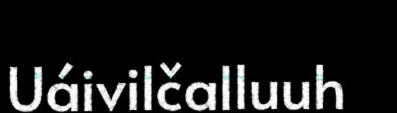
Uáivilčalluuh